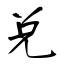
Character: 兑